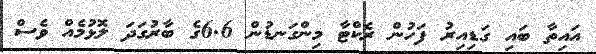
އައިތާ ބައި ގަޑިއިރު ފަހުން ރެކްޓާ މިންގަނޑުން 6.6ގެ ބާރުގަދަ ލޮޅުމެއް ވެސް